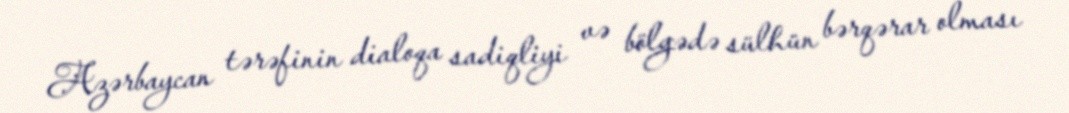
Azərbaycan tərəfinin dialoqa sadiqliyi və bölgədə sülhün bərqərar olması